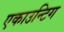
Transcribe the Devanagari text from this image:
एकाउन्टिग